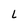
Character: L